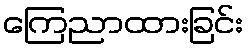
ကြေညာထားခြင်း